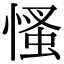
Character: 慅